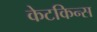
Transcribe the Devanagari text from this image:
केटकिन्स